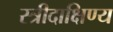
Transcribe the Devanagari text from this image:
स्त्रीदाक्षिण्य